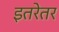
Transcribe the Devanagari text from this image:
इतरेतर